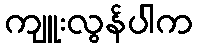
ကျူးလွန်ပါက